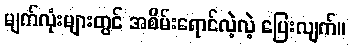
မျက်လုံးများတွင် အစိမ်းရောင်လဲ့လဲ့ ပြေးလျက်။